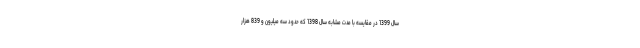
سال 1399 در مقایسه با مدت مشابه سال 1398 که حدود سه میلیون و 839 هزار